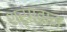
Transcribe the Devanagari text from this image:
श्रृंगवान